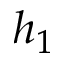
h _ { 1 }